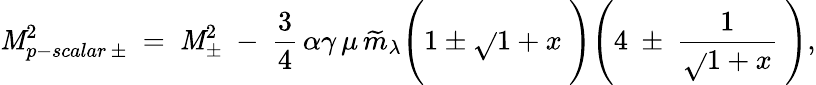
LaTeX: \mathit{M}_{p-scalar\, \pm}^{2}~=~\mathit{M}_{\pm}^{2}~-~{\frac{{3}}{{4}}}\, \alpha\gamma\, \mu\, \widetilde{{m}}_{\lambda}\Bigg(1\pm\sqrt{}{{1+x}}~\Bigg)\Bigg(4~\pm~{\frac{{1}}{{\sqrt{}{{1+x}}}}}~\Bigg),